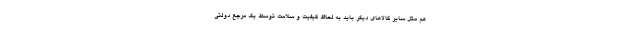
هم مثل سایر کالاهای دیگر باید به لحاظ کیفیت و سلامت توسط یک مرجع دولتی